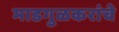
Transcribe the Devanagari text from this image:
माडगुळकरांचे